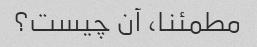
مطمئنا، آن چیست؟